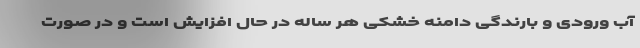
آب ورودی و بارندگی دامنه خشکی هر ساله در حال افزایش است و در صورت